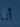
أنا